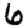
Digit: 6